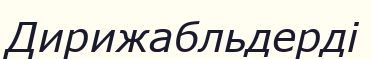
Дирижабльдерді